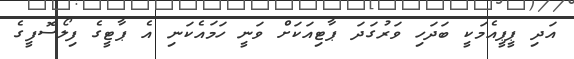
އަދި ޕީޕީއެމަކީ ބަދަހި ވަރުގަދަ ޕާޓިއަކަށް ވަނީ ހަމައެކަނި އެ ޕާޓީގެ ފިލޯސޮފީގެ